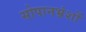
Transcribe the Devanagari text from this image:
सोपानभ्रंशों